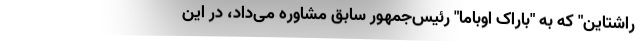
راشتاین" که به "باراک اوباما" رئیس‌جمهور سابق مشاوره می‌داد، در این